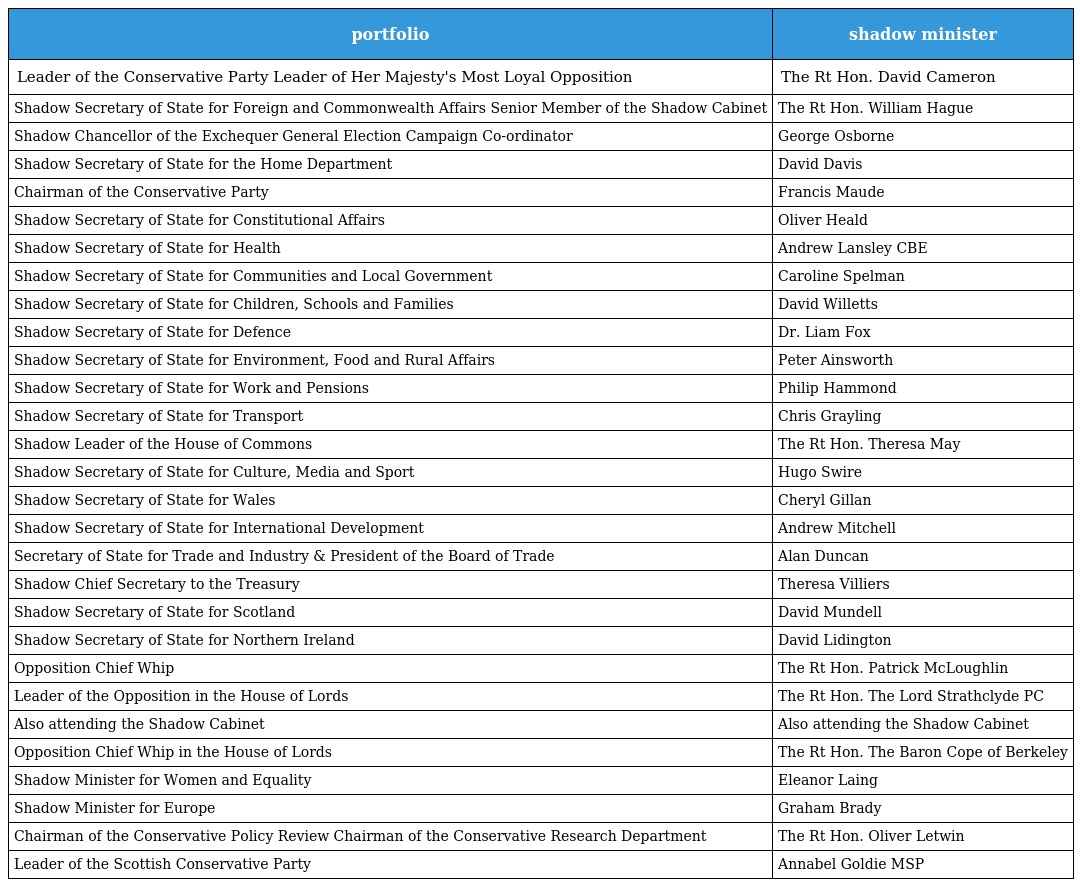
| portfolio | shadow minister |
 | --- | --- |
 | Leader of the Conservative Party Leader of Her Majesty's Most Loyal Opposition | The Rt Hon. David Cameron |
 | Shadow Secretary of State for Foreign and Commonwealth Affairs Senior Member of the Shadow Cabinet | The Rt Hon. William Hague |
 | Shadow Chancellor of the Exchequer General Election Campaign Co-ordinator | George Osborne |
 | Shadow Secretary of State for the Home Department | David Davis |
 | Chairman of the Conservative Party | Francis Maude |
 | Shadow Secretary of State for Constitutional Affairs | Oliver Heald |
 | Shadow Secretary of State for Health | Andrew Lansley CBE |
 | Shadow Secretary of State for Communities and Local Government | Caroline Spelman |
 | Shadow Secretary of State for Children, Schools and Families | David Willetts |
 | Shadow Secretary of State for Defence | Dr. Liam Fox |
 | Shadow Secretary of State for Environment, Food and Rural Affairs | Peter Ainsworth |
 | Shadow Secretary of State for Work and Pensions | Philip Hammond |
 | Shadow Secretary of State for Transport | Chris Grayling |
 | Shadow Leader of the House of Commons | The Rt Hon. Theresa May |
 | Shadow Secretary of State for Culture, Media and Sport | Hugo Swire |
 | Shadow Secretary of State for Wales | Cheryl Gillan |
 | Shadow Secretary of State for International Development | Andrew Mitchell |
 | Secretary of State for Trade and Industry & President of the Board of Trade | Alan Duncan |
 | Shadow Chief Secretary to the Treasury | Theresa Villiers |
 | Shadow Secretary of State for Scotland | David Mundell |
 | Shadow Secretary of State for Northern Ireland | David Lidington |
 | Opposition Chief Whip | The Rt Hon. Patrick McLoughlin |
 | Leader of the Opposition in the House of Lords | The Rt Hon. The Lord Strathclyde PC |
 | Also attending the Shadow Cabinet | Also attending the Shadow Cabinet |
 | Opposition Chief Whip in the House of Lords | The Rt Hon. The Baron Cope of Berkeley |
 | Shadow Minister for Women and Equality | Eleanor Laing |
 | Shadow Minister for Europe | Graham Brady |
 | Chairman of the Conservative Policy Review Chairman of the Conservative Research Department | The Rt Hon. Oliver Letwin |
 | Leader of the Scottish Conservative Party | Annabel Goldie MSP |